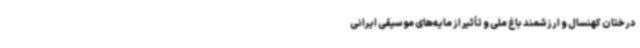
درختان کهنسال و ارزشمند باغ ملی و تأثیر از مایه‌های موسیقی ایرانی